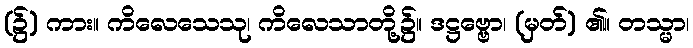
(၌) ကား။ ကိလေသေသု၊ ကိလေသာတို့၌။ ဒဋ္ဌဗ္ဗော၊ (မှတ်) ၏။ တသ္မာ၊